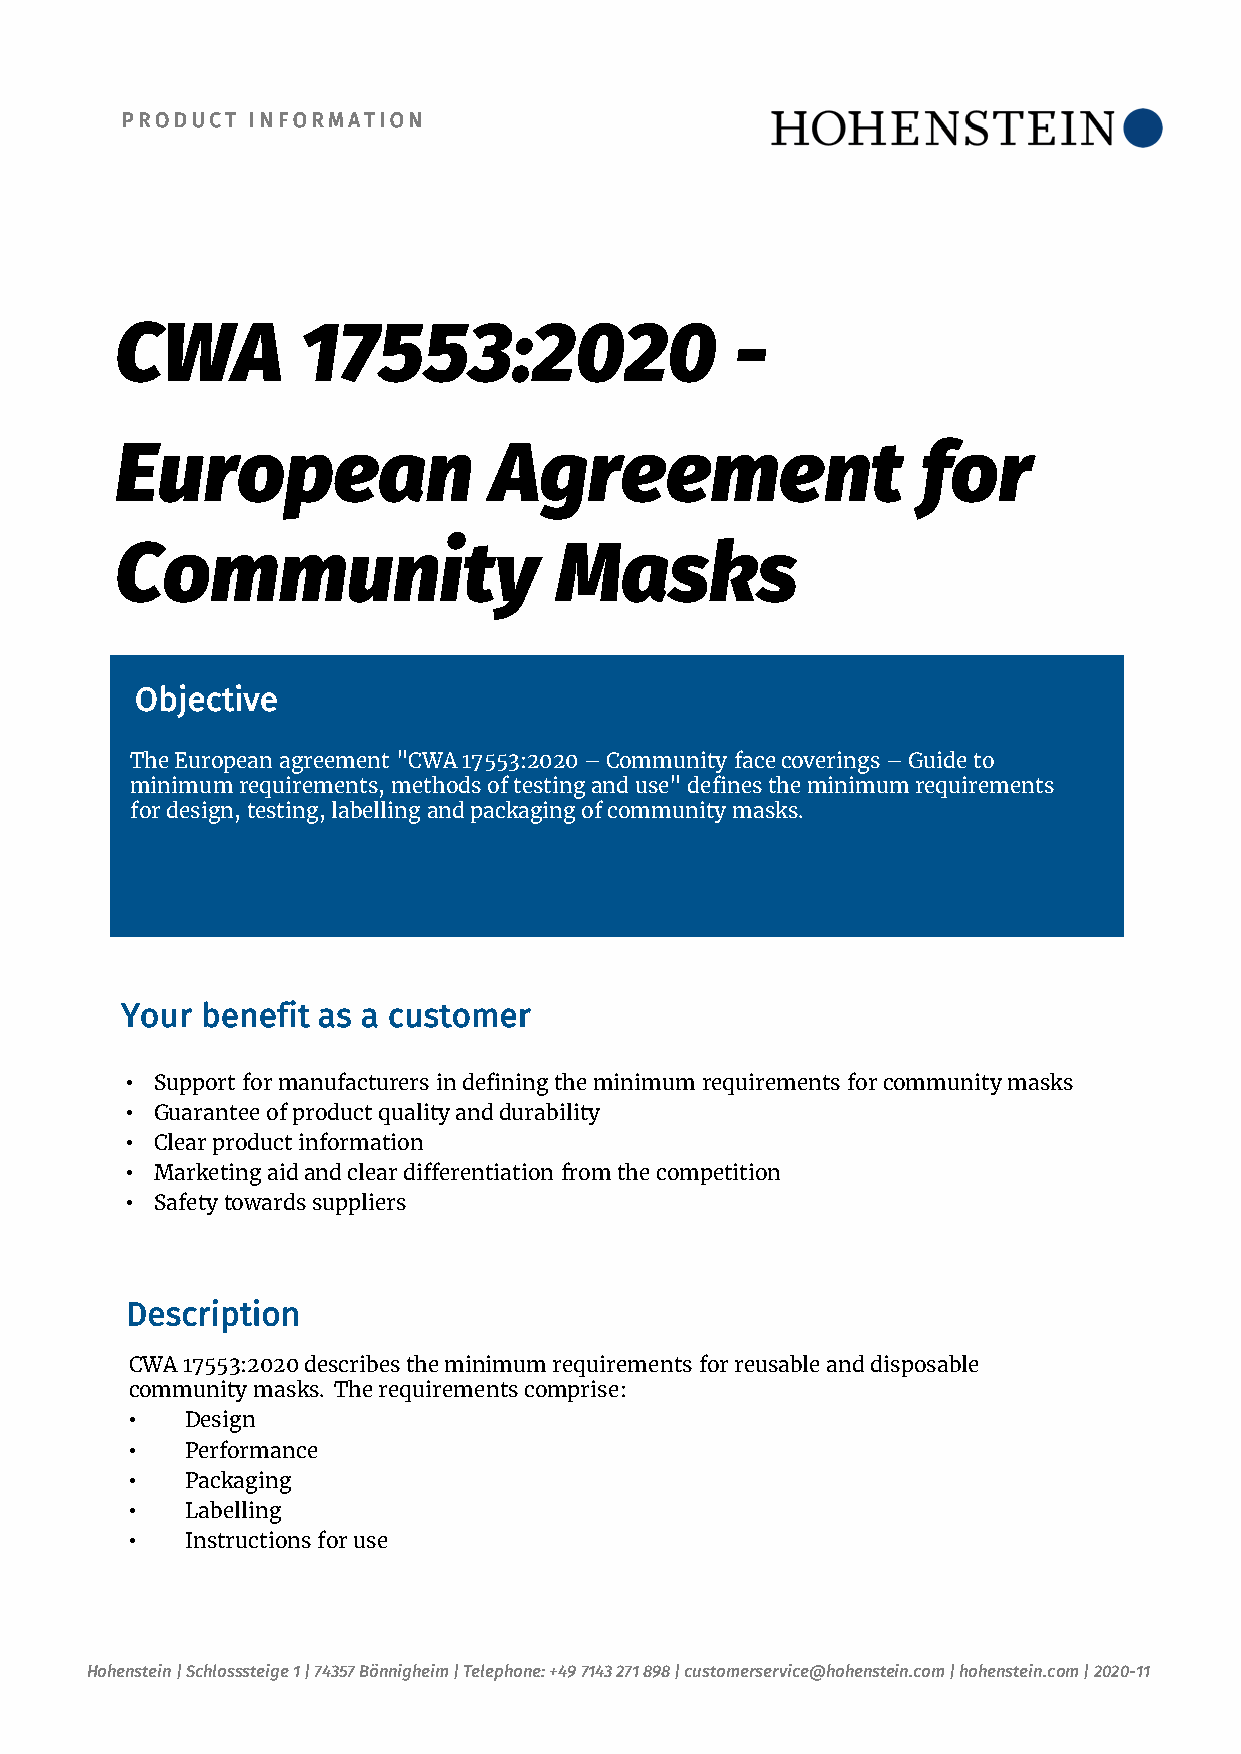
PRODUCT INFORMATION
 CWA         17553:2020                   -
 European                Agreement                    for
 Community                    Masks
 Objective
 The European agreement"CWA 17553:2020 –Community facecoverings–Guide to
 minimumrequirements, methodsoftestingand use" definestheminimumrequirements
 fordesign, testing, labellingand packagingofcommunitymasks.
 Your benefit as a customer
 • Support formanufacturersin definingtheminimumrequirements forcommunitymasks
 • Guaranteeof productqualityand durability
 • Clear productinformation
 • Marketing aidand cleardifferentiation fromthecompetition
 • Safetytowardssuppliers
 Description
 CWA 17553:2020 describes the minimum requirements for reusable and disposable
 community masks. The requirements comprise:
 •  Design
 •  Performance
 •  Packaging
 •  Labelling
 •  Instructions for use
 Hohenstein | Schlosssteige 1 | 74357 Bönnigheim | Telephone: +49 7143 271 898 | customerservice@hohenstein.com | hohenstein.com | 2020-11